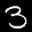
Label: 3